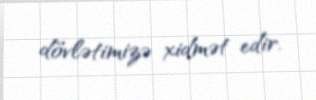
dövlətimizə xidmət edir.